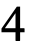
4